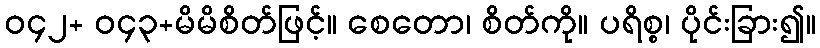
ဝ၄၂+ ဝ၄၃+မိမိစိတ်ဖြင့်။ စေတော၊ စိတ်ကို။ ပရိစ္စ၊ ပိုင်းခြား၍။